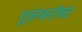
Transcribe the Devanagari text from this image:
गुरूंबरोबर